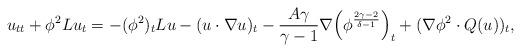
LaTeX: \begin{align*}u_{tt}+\phi^2 Lu_t=-(\phi^2)_t Lu-(u\cdot\nabla u)_t -\frac{A\gamma}{\gamma-1}\nabla \Big(\phi^{\frac{2\gamma-2}{\delta-1}}\Big)_t+(\nabla \phi^2 \cdot Q(u))_t,\end{align*}